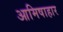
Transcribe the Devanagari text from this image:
आमिषाहार